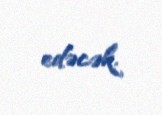
edəcək.